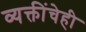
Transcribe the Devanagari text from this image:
व्यक्तींचेही